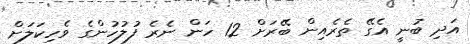
އަދި ބުނީ އެގޭ ތެރެއިން ބޭރަށް 12 ހަން ނެރެ ފުލުހުންގެ ވެހިކަލަށް